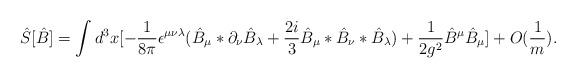
LaTeX: \begin{align*}\hat S[\hat B]=\int d^{3}x [-\frac{1}{8\pi}\epsilon^{\mu\nu\lambda}(\hat B_{\mu}*\partial_{\nu}\hat B_{\lambda}+\frac{2i}{3}\hat B_{\mu}*\hat B_{\nu}*\hat B_{\lambda})+\frac{1}{2g^{2}}\hat B^{\mu}\hat B_{\mu}] +O(\frac{1}{m}).\end{align*}